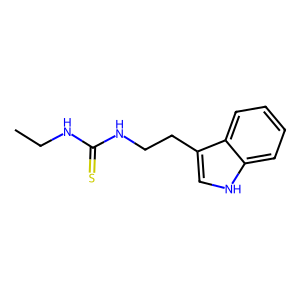
SMILES: CCNC(=S)NCCc1c[nH]c2ccccc12
Inhibits HIV replication: No